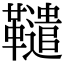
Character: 䪈